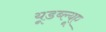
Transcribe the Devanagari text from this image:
यूडब्ल्यूए